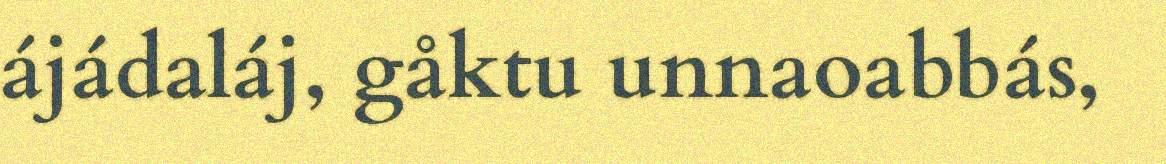
ájádaláj, gåktu unnaoabbás,